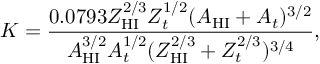
K = \frac { 0 . 0 7 9 3 Z _ { \mathrm { H I } } ^ { 2 / 3 } Z _ { t } ^ { 1 / 2 } ( A _ { \mathrm { H I } } + A _ { t } ) ^ { 3 / 2 } } { A _ { \mathrm { H I } } ^ { 3 / 2 } A _ { t } ^ { 1 / 2 } ( Z _ { \mathrm { H I } } ^ { 2 / 3 } + Z _ { t } ^ { 2 / 3 } ) ^ { 3 / 4 } } ,